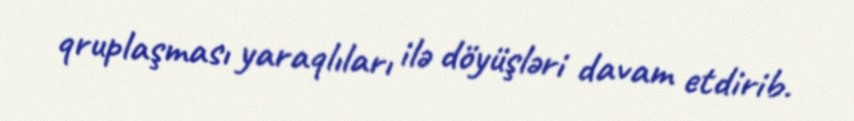
qruplaşması yaraqlıları ilə döyüşləri davam etdirib.